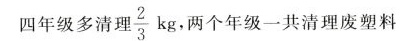
四年级多清理\frac{2}{3}kg两个年级一共清理废塑料